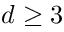
d \geq 3